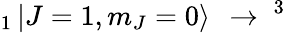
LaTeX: _{1}\mathinner{|{J=1,m_{J}=0}\rangle}~\rightarrow~^{3}